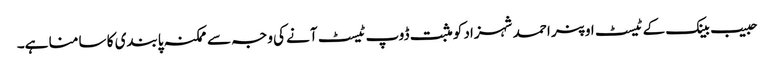
حبیب بینک کے ٹیسٹ اوپنر احمد شہزاد کو مثبت ڈوپ ٹیسٹ آنے کی وجہ سے ممکنہ پابندی کا سا منا ہے۔